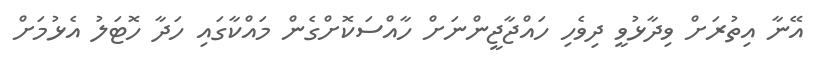
އޭނާ އިތުރަށް ވިދާޅުވީ ދިވެހި ހައްޖާޖީންނަށް ހާއްސަކޮށްގެން މައްކާގައި ހަދާ ހޮޓަލު އެޅުމަށް